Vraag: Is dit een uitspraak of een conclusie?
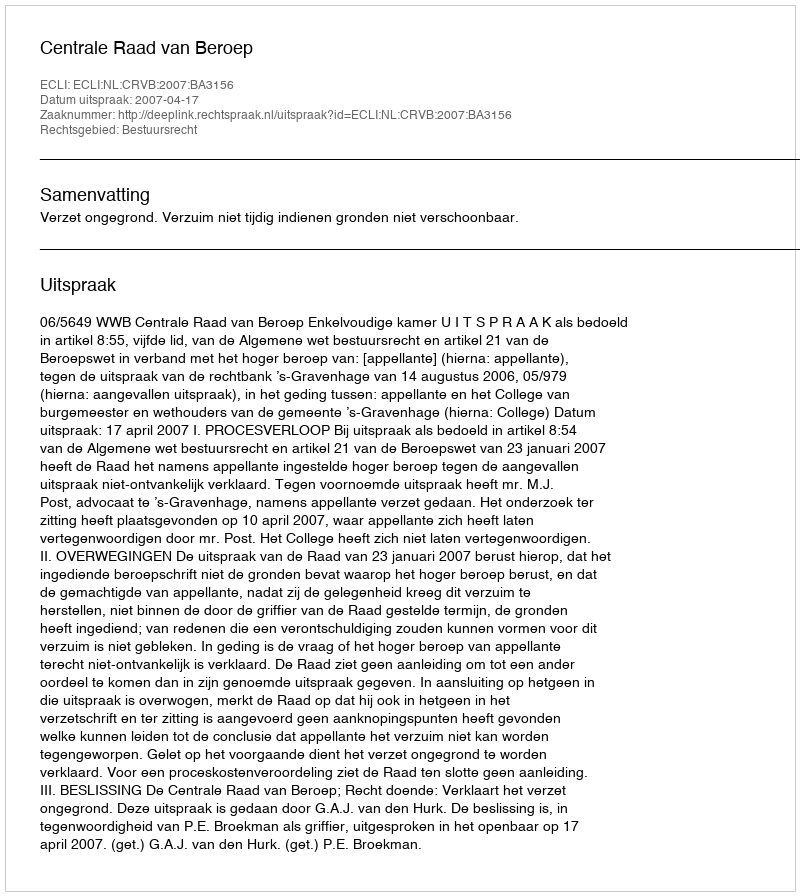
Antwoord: Uitspraak